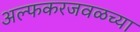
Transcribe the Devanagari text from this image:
अल्फकरजवळच्या